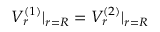
V _ { r } ^ { ( 1 ) } \vert _ { r = R } = V _ { r } ^ { ( 2 ) } \vert _ { r = R }